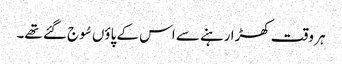
ہر وقت کھڑا رہنے سے اس کے پاؤں سُوج گئے تھے۔